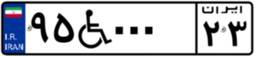
۹۵W۰۰۰۲۳